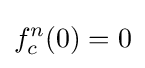
f_{c}^{n}(0)=0